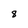
Character: 8